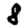
Digit: 8